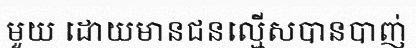
មួយ ដោយមានជនល្មើសបានបាញ់